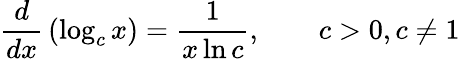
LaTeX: {\frac{d}{dx}}\left(\log_{c}x\right)={\frac{1}{x\ln c}},\qquad c>0,c\neq 1